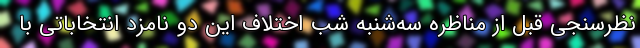
نظرسنجی قبل از مناظره سه‌شنبه شب اختلاف این دو نامزد انتخاباتی با